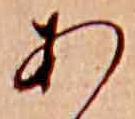
あ